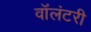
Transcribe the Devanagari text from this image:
वाॅलंटरी